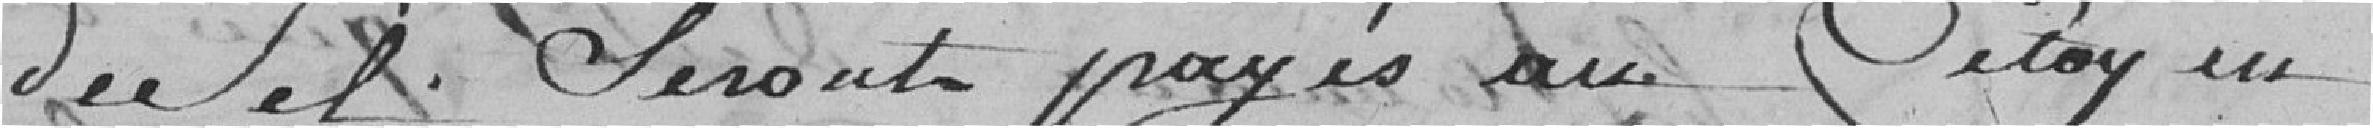
de sel seront payés au Citoyen